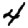
Digit: 4